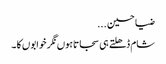
ضیا حسین ...
شام ڈھلتے ہی سجاتاہوں نگر خوابوں کا ۔